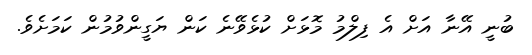
ބުނީ އޭނާ އަށް އެ ފިލްމު މޮޅަށް ކުޅެވޭނެ ކަން ޔަގީންވުމުން ކަމަށެވެ.